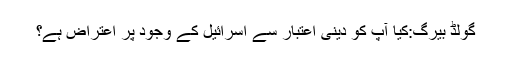
گولڈ بیرگ:کیا آپ کو دینى اعتبار سے اسرائیل کے وجود پر اعتراض ہے؟